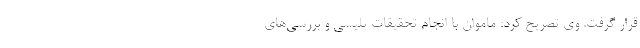
قرار گرفت. وی تصریح کرد: ماموان با انجام تحقیقات پلیسی و بررسی‌های